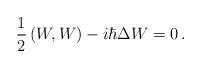
LaTeX: \begin{align*}{1\over2} \left(W,W\right)-i\hbar \Delta W =0\,.\end{align*}